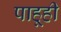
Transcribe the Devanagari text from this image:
पाहूही